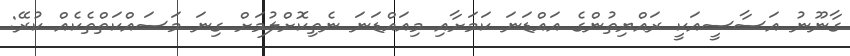
ގާނޫނު އަސާސީއަކީ ރައްޔިތުންގެ އައްޑަނަ ކަމަށާއި މިއައްޑަނަ ނެތިކޮށްލުމަށް ގިނަ މަސައްކަތްތެކެއް ކުރޭ: